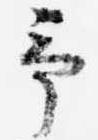
予